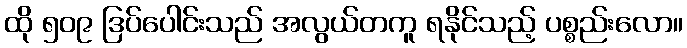
ထို ၅၀၉ ဒြပ်ပေါင်းသည် အလွယ်တကူ ရနိုင်သည့် ပစ္စည်းလော။